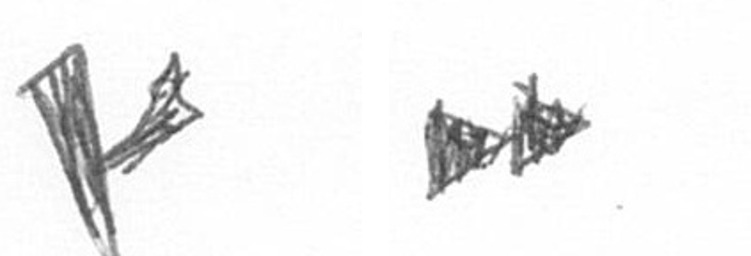
F A